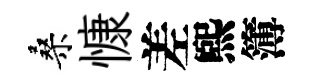
桑慷差煕簿